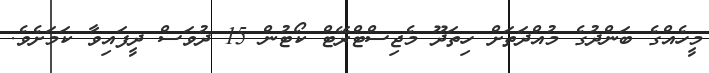
މީހެއްގެ ބަންދުގެ މުއްދަތަށް ހިތަދޫ މެޖިސްޓްރޭޓް ކޯޓުން 15 ދުވަސް ދީފައިވާ ކަމަށެވެ.